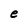
Character: e